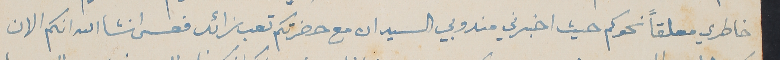
خاطري معلقاً نحوكم حيث اخبرني مندوبي السيد ان مع حضرتكم تعب زائد فعسى انشالله انكم الان